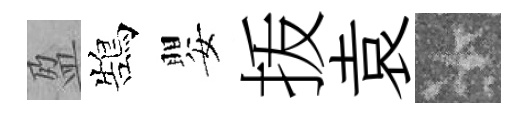
盈鵠嬰㧞袁卡